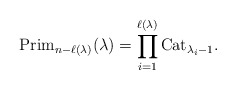
\begin{gather*}\operatorname{Prim}_{n-\ell (\lambda)}(\lambda) = \prod_{i=1}^{\ell(\lambda)} {\rm Cat}_{\lambda_{i}-1}.\end{gather*}